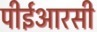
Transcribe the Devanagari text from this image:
पीईआरसी